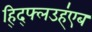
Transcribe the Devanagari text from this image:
ह्द्फ्लिउह्॑एब